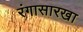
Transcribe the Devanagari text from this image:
रंगासारखा